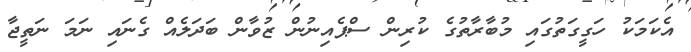
އެކަމަކު ހަގީގަތުގައި މުބާރާތުގެ ކުރިން ސްޕެއިނުން ޒުވާން ބަދަލެއް ގެނައި ނަމަ ނަތީޖާ